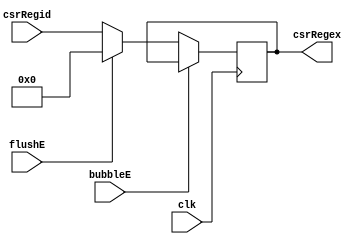
`timescale 1ns / 1ps
//////////////////////////////////////////////////////////////////////////////////
// Company: USTC 
// 
// Design Name: RV32I Core
// Module Name: csrDid
// Tool Versions: Vivado 2017.4.1
// Description: CSR Register File output for ID\EX
// 
//////////////////////////////////////////////////////////////////////////////////


//  
    //  ID\EX?
// 
    // clk               
    //csrRegid           CSR Register File
    // bubbleE           EXbubble
    // flushE            EXflush
// 
    // csrRegex          CSR?
// 
    // 

module csrDid(
    input wire clk, bubbleE, flushE, 
    input wire [31:0] csrRegid, 
    output reg [31:0] csrRegex    
);

initial csrRegex = 0;

always @ (posedge clk)
    if(!bubbleE)
    begin
        if(flushE)
            csrRegex <= 0;
        else 
            csrRegex <= csrRegid;
    end

endmodule